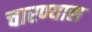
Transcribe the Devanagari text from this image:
चारण्यास